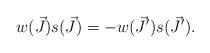
LaTeX: \begin{align*} w(\vec{J}) s(\vec{J}) = - w(\vec{J}') s(\vec{J}'). \end{align*}